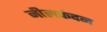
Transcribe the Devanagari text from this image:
नीलकंदन